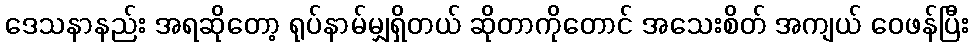
ဒေသနာနည်း အရဆိုတော့ ရုပ်နာမ်မျှရှိတယ် ဆိုတာကိုတောင် အသေးစိတ် အကျယ် ဝေဖန်ပြီး